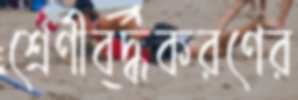
শ্রেণীবদ্ধকরণের